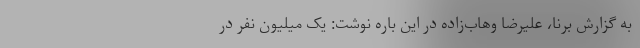
به گزارش برنا، علیرضا وهاب‌زاده در این باره نوشت: یک میلیون نفر در